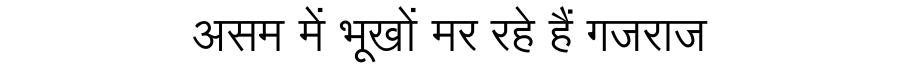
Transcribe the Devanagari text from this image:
असम में भूखों मर रहे हैं गजराज